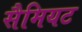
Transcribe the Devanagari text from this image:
सैमियट